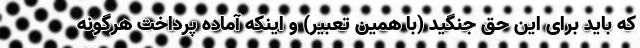
که باید برای این حق جنگید (با همین تعبیر) و اینکه آماده پرداخت هرگونه